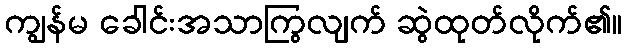
ကျွန်မ ခေါင်းအသာကြွလျက် ဆွဲထုတ်လိုက်၏။